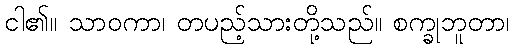
ငါ၏။ သာဝကာ၊ တပည့်သားတို့သည်။ စက္ခုဘူတာ၊